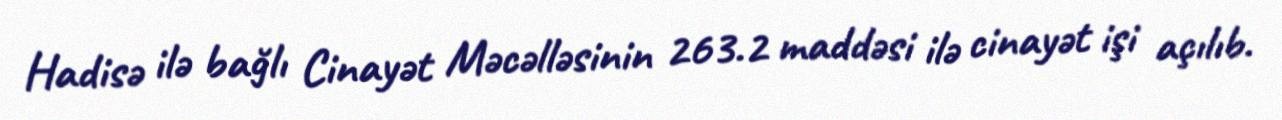
Hadisə ilə bağlı Cinayət Məcəlləsinin 263.2 maddəsi ilə cinayət işi açılıb.